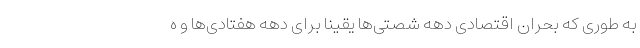
به طوری که بحران اقتصادی دهه شصتی‌ها یقینا برای دهه هفتادی‌ها و ه